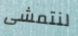
لنتمشى